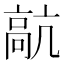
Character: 髚